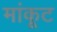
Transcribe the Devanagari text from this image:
मांकूट